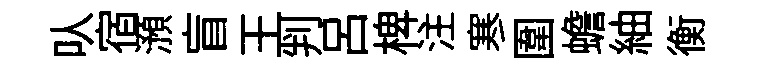
㕥宿澦盲王判吕椑注寒圍蟾紬衡